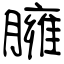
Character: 臃